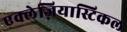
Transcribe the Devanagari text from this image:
एक्लेज़ियास्टिकल